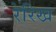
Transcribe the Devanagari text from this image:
रेरिख